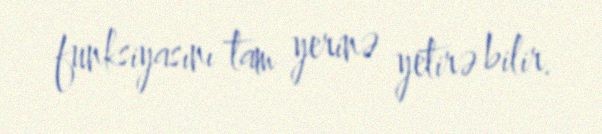
funksiyasını tam yerinə yetirə bilir.